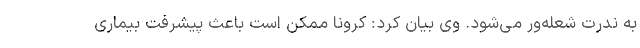
به ندرت شعله‌ور می‌شود. وی بیان کرد: کرونا ممکن است باعث پیشرفت بیماری